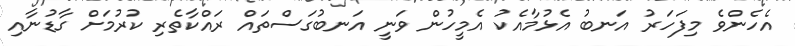
އެހެންވެ މިފަހަރު އަނބު އެޅުމާއެކު އެމީހުން ވަނީ އަނބުގަސްތައް ރައްކާތެރި ކުރުމަށް ގާޑުނާއި